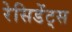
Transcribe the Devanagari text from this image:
रेसिडेंट्स